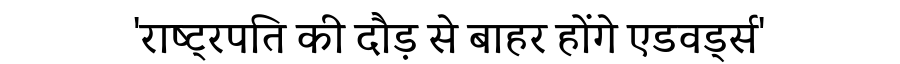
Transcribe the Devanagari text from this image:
'राष्ट्रपति की दौड़ से बाहर होंगे एडवर्ड्स'